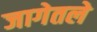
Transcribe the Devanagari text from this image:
जागेतले